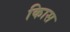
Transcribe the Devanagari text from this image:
किास